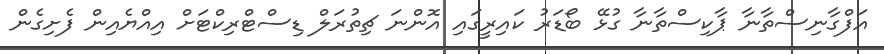
އަފްގާނިސްތާނާ ޕާކިސްތާނާ ގުޅޭ ބޯޑަރު ކައިރީގައި އޮންނަ ޗިތުރަލް ޑިސްޓްރިކްޓަށް އިއްޔެއިން ފެށިގެން